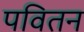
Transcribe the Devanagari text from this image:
पवितन